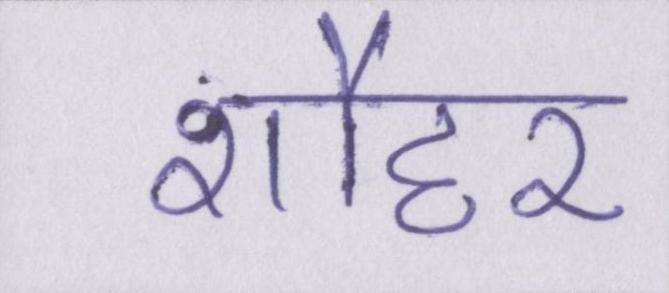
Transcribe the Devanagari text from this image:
शौहर